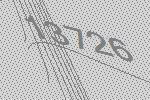
13726